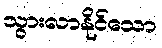
သွားလာနိုင်သော